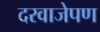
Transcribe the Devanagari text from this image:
दरवाजेपण